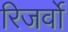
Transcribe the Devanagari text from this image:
रिजर्वो